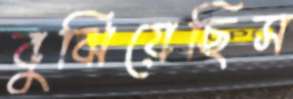
বুঝিয়েছিস